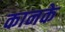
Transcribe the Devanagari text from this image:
कानके